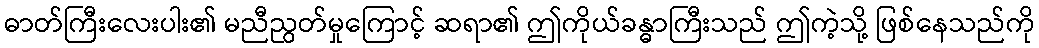
ဓာတ်ကြီးလေးပါး၏ မညီညွတ်မှုကြောင့် ဆရာ၏ ဤကိုယ်ခန္ဓာကြီးသည် ဤကဲ့သို့ ဖြစ်နေသည်ကို